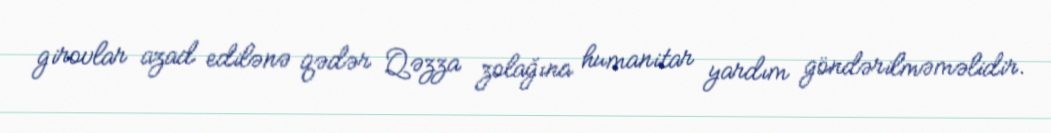
girovlar azad edilənə qədər Qəzza zolağına humanitar yardım göndərilməməlidir.